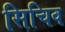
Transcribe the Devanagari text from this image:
सिचिव